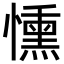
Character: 𢣤